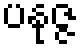
ပနုဇ္ဇ